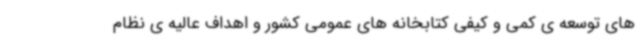
های توسعه ی کمی و کیفی کتابخانه های عمومی کشور و اهداف عالیه ی نظام